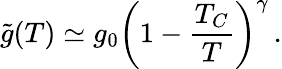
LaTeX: \tilde{g}(T)\simeq g_{0}\left(1-\frac{T_{C}}{T}\right)^{\gamma}\, .